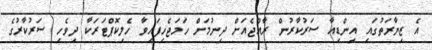
އެ ޒިޔާރަތުގައި އިންޑިއާ ސަރުކާރުން ރާއްޖެއަށް ދިނުމަށް ހަމަޖެހިފައިވާ ހެލިކޮޕްޓަރަކާ ދިވެހި ސަރުކާރުގެ